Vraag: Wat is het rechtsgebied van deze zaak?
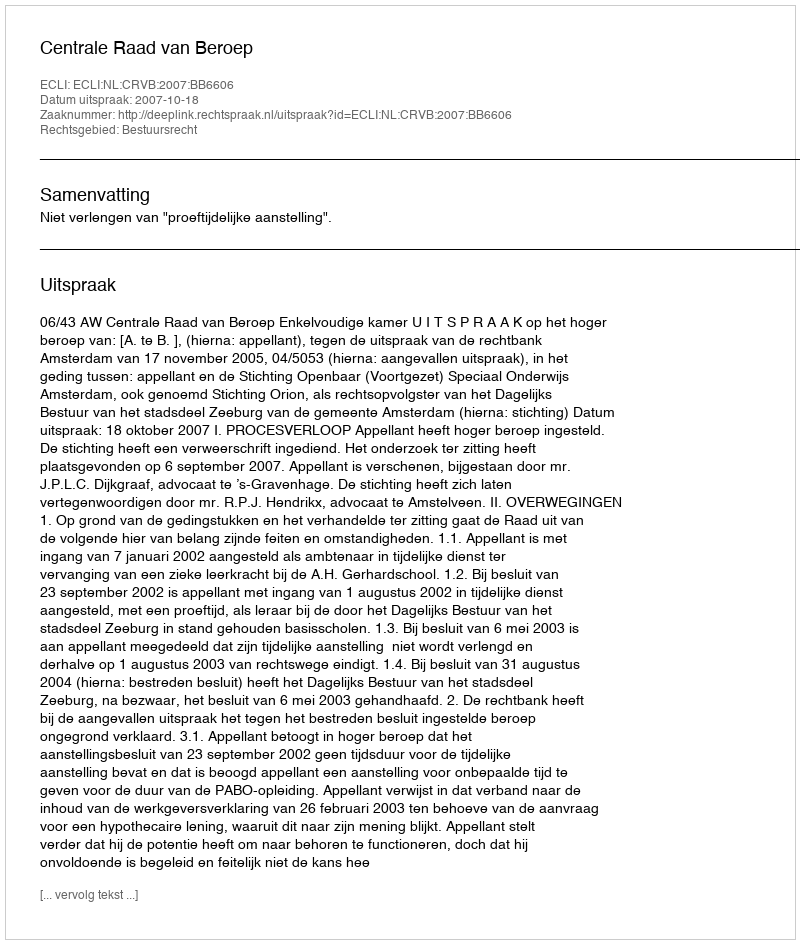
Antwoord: Bestuursrecht